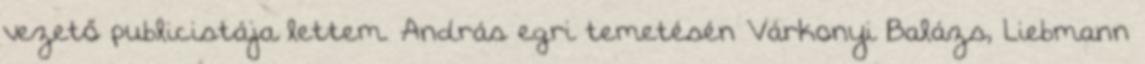
vezető publicistája lettem. András egri temetésén Várkonyi Balázs, Liebmann